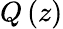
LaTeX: Q\left(z\right)